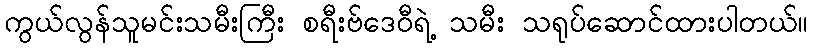
ကွယ်လွန်သူမင်းသမီးကြီး စရီးဗ်ဒေဝီရဲ့ သမီး သရုပ်ဆောင်ထားပါတယ်။